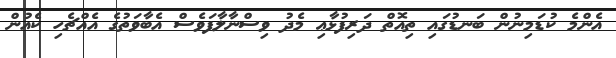
އެންމެ ކުޑަމިނުން ބަނޑުގައި ތިއޮތް ދަރިފުޅާޢި މެދު ވިސްނާލާފަވެސް އެބާވަތުގެ އެއްޗެހި ކެއުން